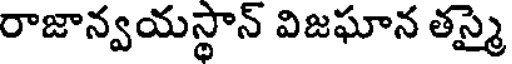
రాజాన్వయస్థాన్ విజఘాన తస్మై